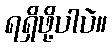
ရရှိဖို့ပါပဲ။